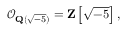
{ \mathcal { O } } _ { \mathbf { Q } ( { \sqrt { - 5 } } ) } = \mathbf { Z } \left[ { \sqrt { - 5 } } \right] ,